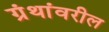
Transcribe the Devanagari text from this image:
ग्रंथांवरील